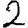
Digit: 2